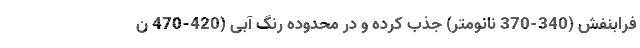
فرابنفش (340-370 نانومتر) جذب کرده و در محدوده رنگ آبی (420-470 ن